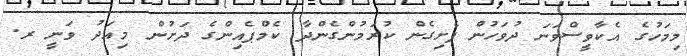
މިމަހުގެ އެކާވީސްވަނަ ދުވަހުން ފެށިގެން ކުރަމުންގެންދާ ކެމްޕެއިންގެ ދަށުން މިއަދު ވަނީ ރ.